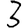
Digit: 3